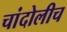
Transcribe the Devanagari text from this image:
चांदोलीच